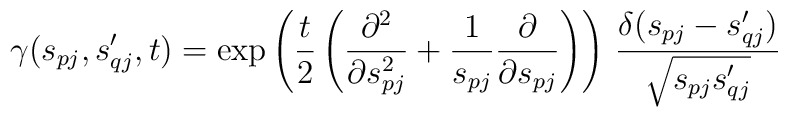
\gamma(s_{pj},s_{qj}^\prime,t) =     \exp\left(\frac{t}{2}\left(\frac{\partial^2}{\partial s_{pj}^2}   +\frac{1}{s_{pj}}\frac{\partial}{\partial s_{pj}} \right) \right)  \, \frac{\delta(s_{pj}-s_{qj}^\prime)}{\sqrt{s_{pj}s_{qj}^\prime}}